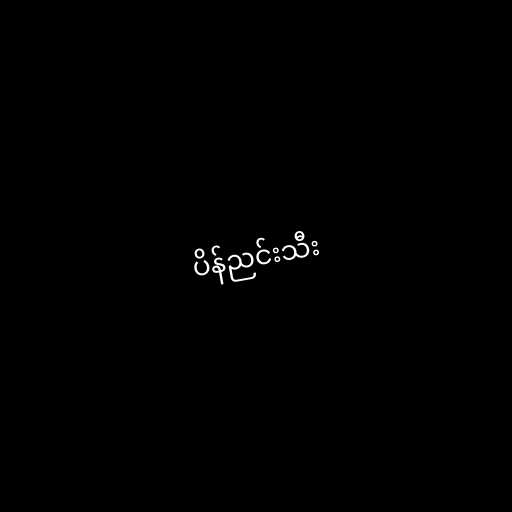
ပိန်ညင်းသီး